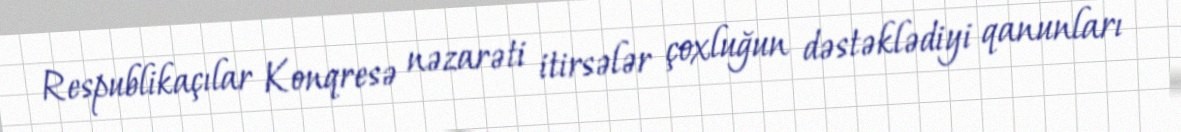
Respublikaçılar Konqresə nəzarəti itirsələr çoxluğun dəstəklədiyi qanunları